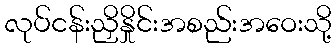
လုပ်ငန်းညှိနှိုင်းအစည်းအဝေးသို့